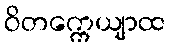
ဝိတက္ကေယျာထ